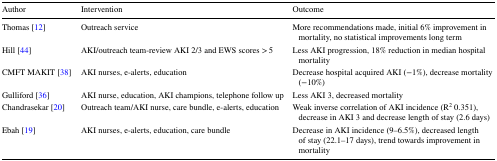
<table><thead><tr><td><b>Author</b></td><td><b>Intervention</b></td><td><b>Outcome</b></td></tr></thead><tbody><tr><td>Thomas [12]</td><td>Outreach service</td><td>More recommendations made, initial 6% improvement in mortality, no statistical improvements long term</td></tr><tr><td>Hill [44]</td><td>AKI/outreach team-review AKI 2/3 and EWS scores &gt; 5</td><td>Less AKI progression, 18% reduction in median hospital mortality</td></tr><tr><td>CMFT MAKIT [38]</td><td>AKI nurses, e-alerts, education</td><td>Decrease hospital acquired AKI (−1%), decrease mortality (−10%)</td></tr><tr><td>Gulliford [36]</td><td>AKI nurse, education, AKI champions, telephone follow up</td><td>Less AKI 3, decreased mortality</td></tr><tr><td>Chandrasekar [20]</td><td>Outreach team/AKI nurse, care bundle, e-alerts, education</td><td>Weak inverse correlation of AKI incidence (R<sup>2</sup> 0.351), decrease in AKI 3 and decrease length of stay (2.6 days)</td></tr><tr><td>Ebah [19]</td><td>AKI nurses, e-alerts, education, care bundle</td><td>Decrease in AKI incidence (9–6.5%), decreased length of stay (22.1–17 days), trend towards improvement in mortality</td></tr></tbody></table>